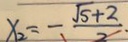
x _ { 2 } = - \frac { \sqrt { 5 } + 2 } { 2 } .